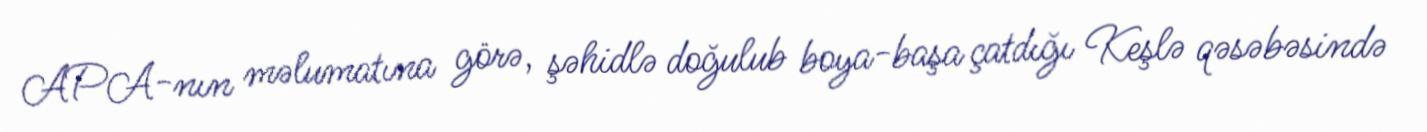
APA-nın məlumatına görə, şəhidlə doğulub boya-başa çatdığı Keşlə qəsəbəsində